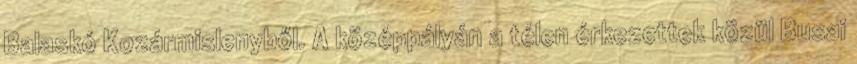
Balaskó Kozármislenyből. A középpályán a télen érkezettek közül Busai